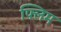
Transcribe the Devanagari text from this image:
फ्लिम